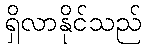
ရှိလာနိုင်သည်